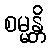
စမ္မန္တိ